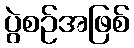
ပွဲစဉ်အဖြစ်